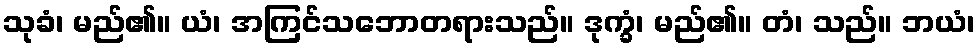
သုခံ၊ မည်၏။ ယံ၊ အကြင်သဘောတရားသည်။ ဒုက္ခံ၊ မည်၏။ တံ၊ သည်။ ဘယံ၊